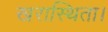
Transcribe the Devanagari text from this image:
खरास्थिता।